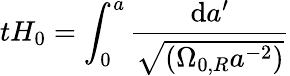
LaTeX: tH_{0}=\int_{0}^{a}{\frac{\mathrm{d}a^{\prime}}{\sqrt{(\Omega_{0,R}a^{-2})}}}